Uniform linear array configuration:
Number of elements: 24
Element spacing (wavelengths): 1
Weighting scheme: cosine
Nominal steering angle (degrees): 0
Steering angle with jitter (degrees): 0.6639
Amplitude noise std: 0.05
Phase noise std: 0.05

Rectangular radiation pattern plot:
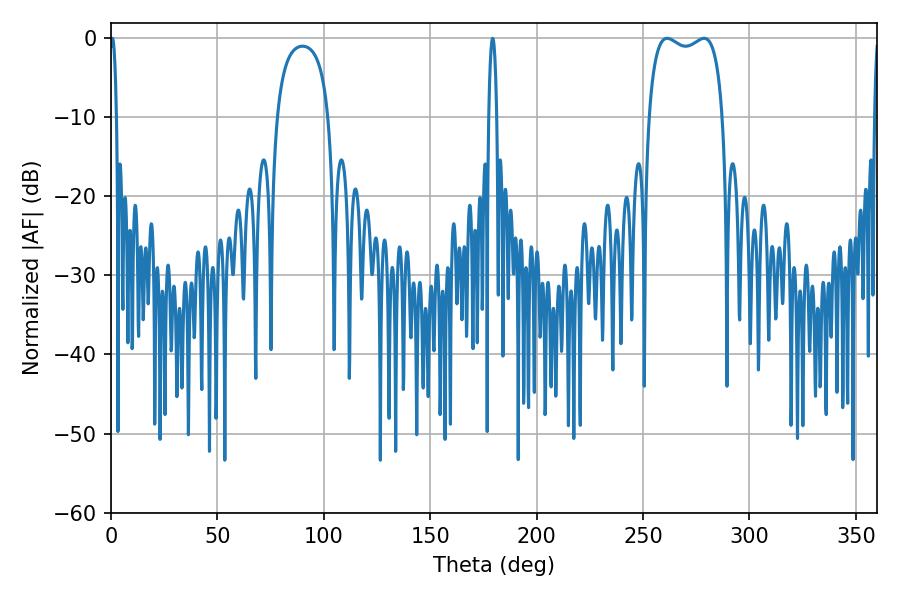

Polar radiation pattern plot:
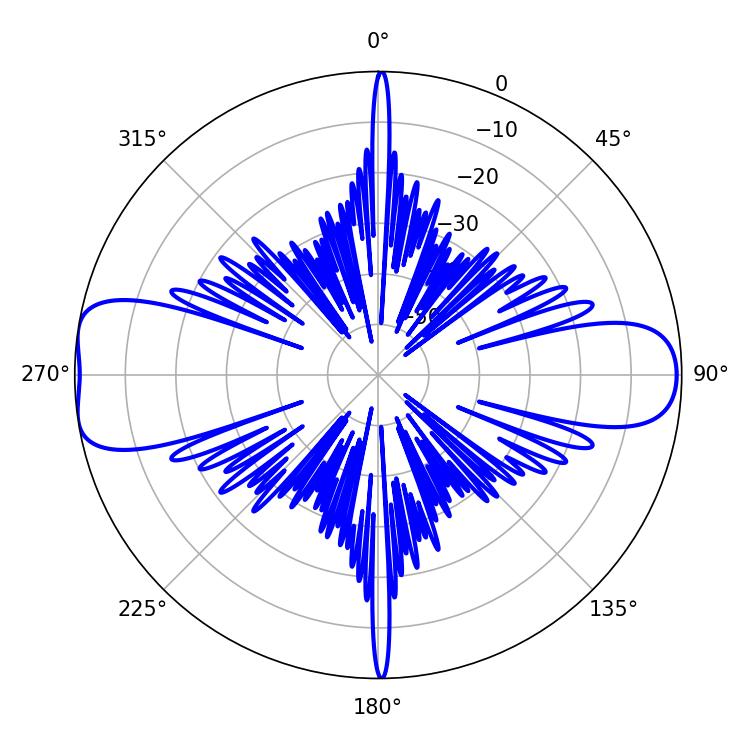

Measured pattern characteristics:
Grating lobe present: TRUE
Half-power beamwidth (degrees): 28.44
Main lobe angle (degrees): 261.36